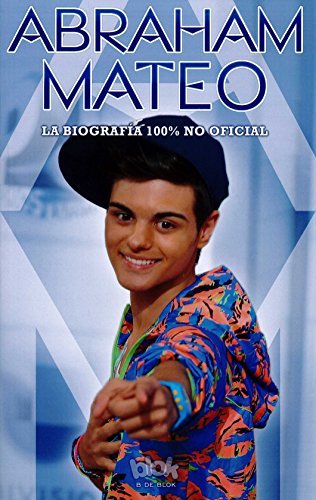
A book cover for Abraham Mateo. La biografia 100% no oficial (Spanish Edition); Various Authors; Teen & Young Adult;